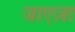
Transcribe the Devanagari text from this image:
जाएज़ा